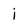
Character: i